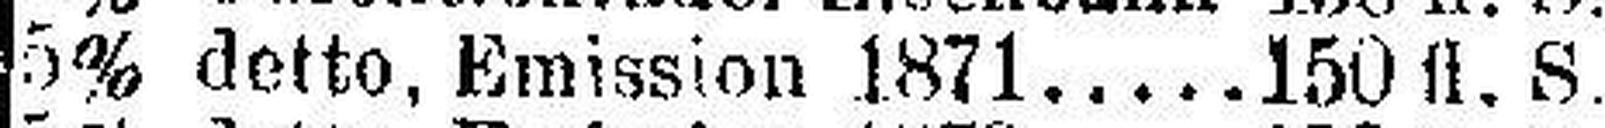
5% detto, Emission 1871.....150 fl. S.